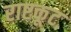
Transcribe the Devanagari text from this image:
राष्टकूट